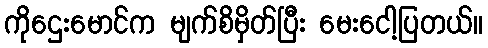
ကိုဌေးမောင်က မျက်စိမှိတ်ပြီး မေးငေါ့ပြတယ်။